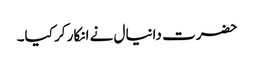
حضرت دانیال نے انکار کر کیا۔